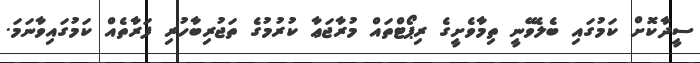
ސީދާކޮށް ކަމުގައި ބެލެވޭނީ ތިމާވެށީގެ ރިޕޯޓްތައް މުރާޖަޢާ ކުރުމުގެ ތަޖުރިބާހުރި ފަރާތެއް ކަމުގައިވާނަމަ.